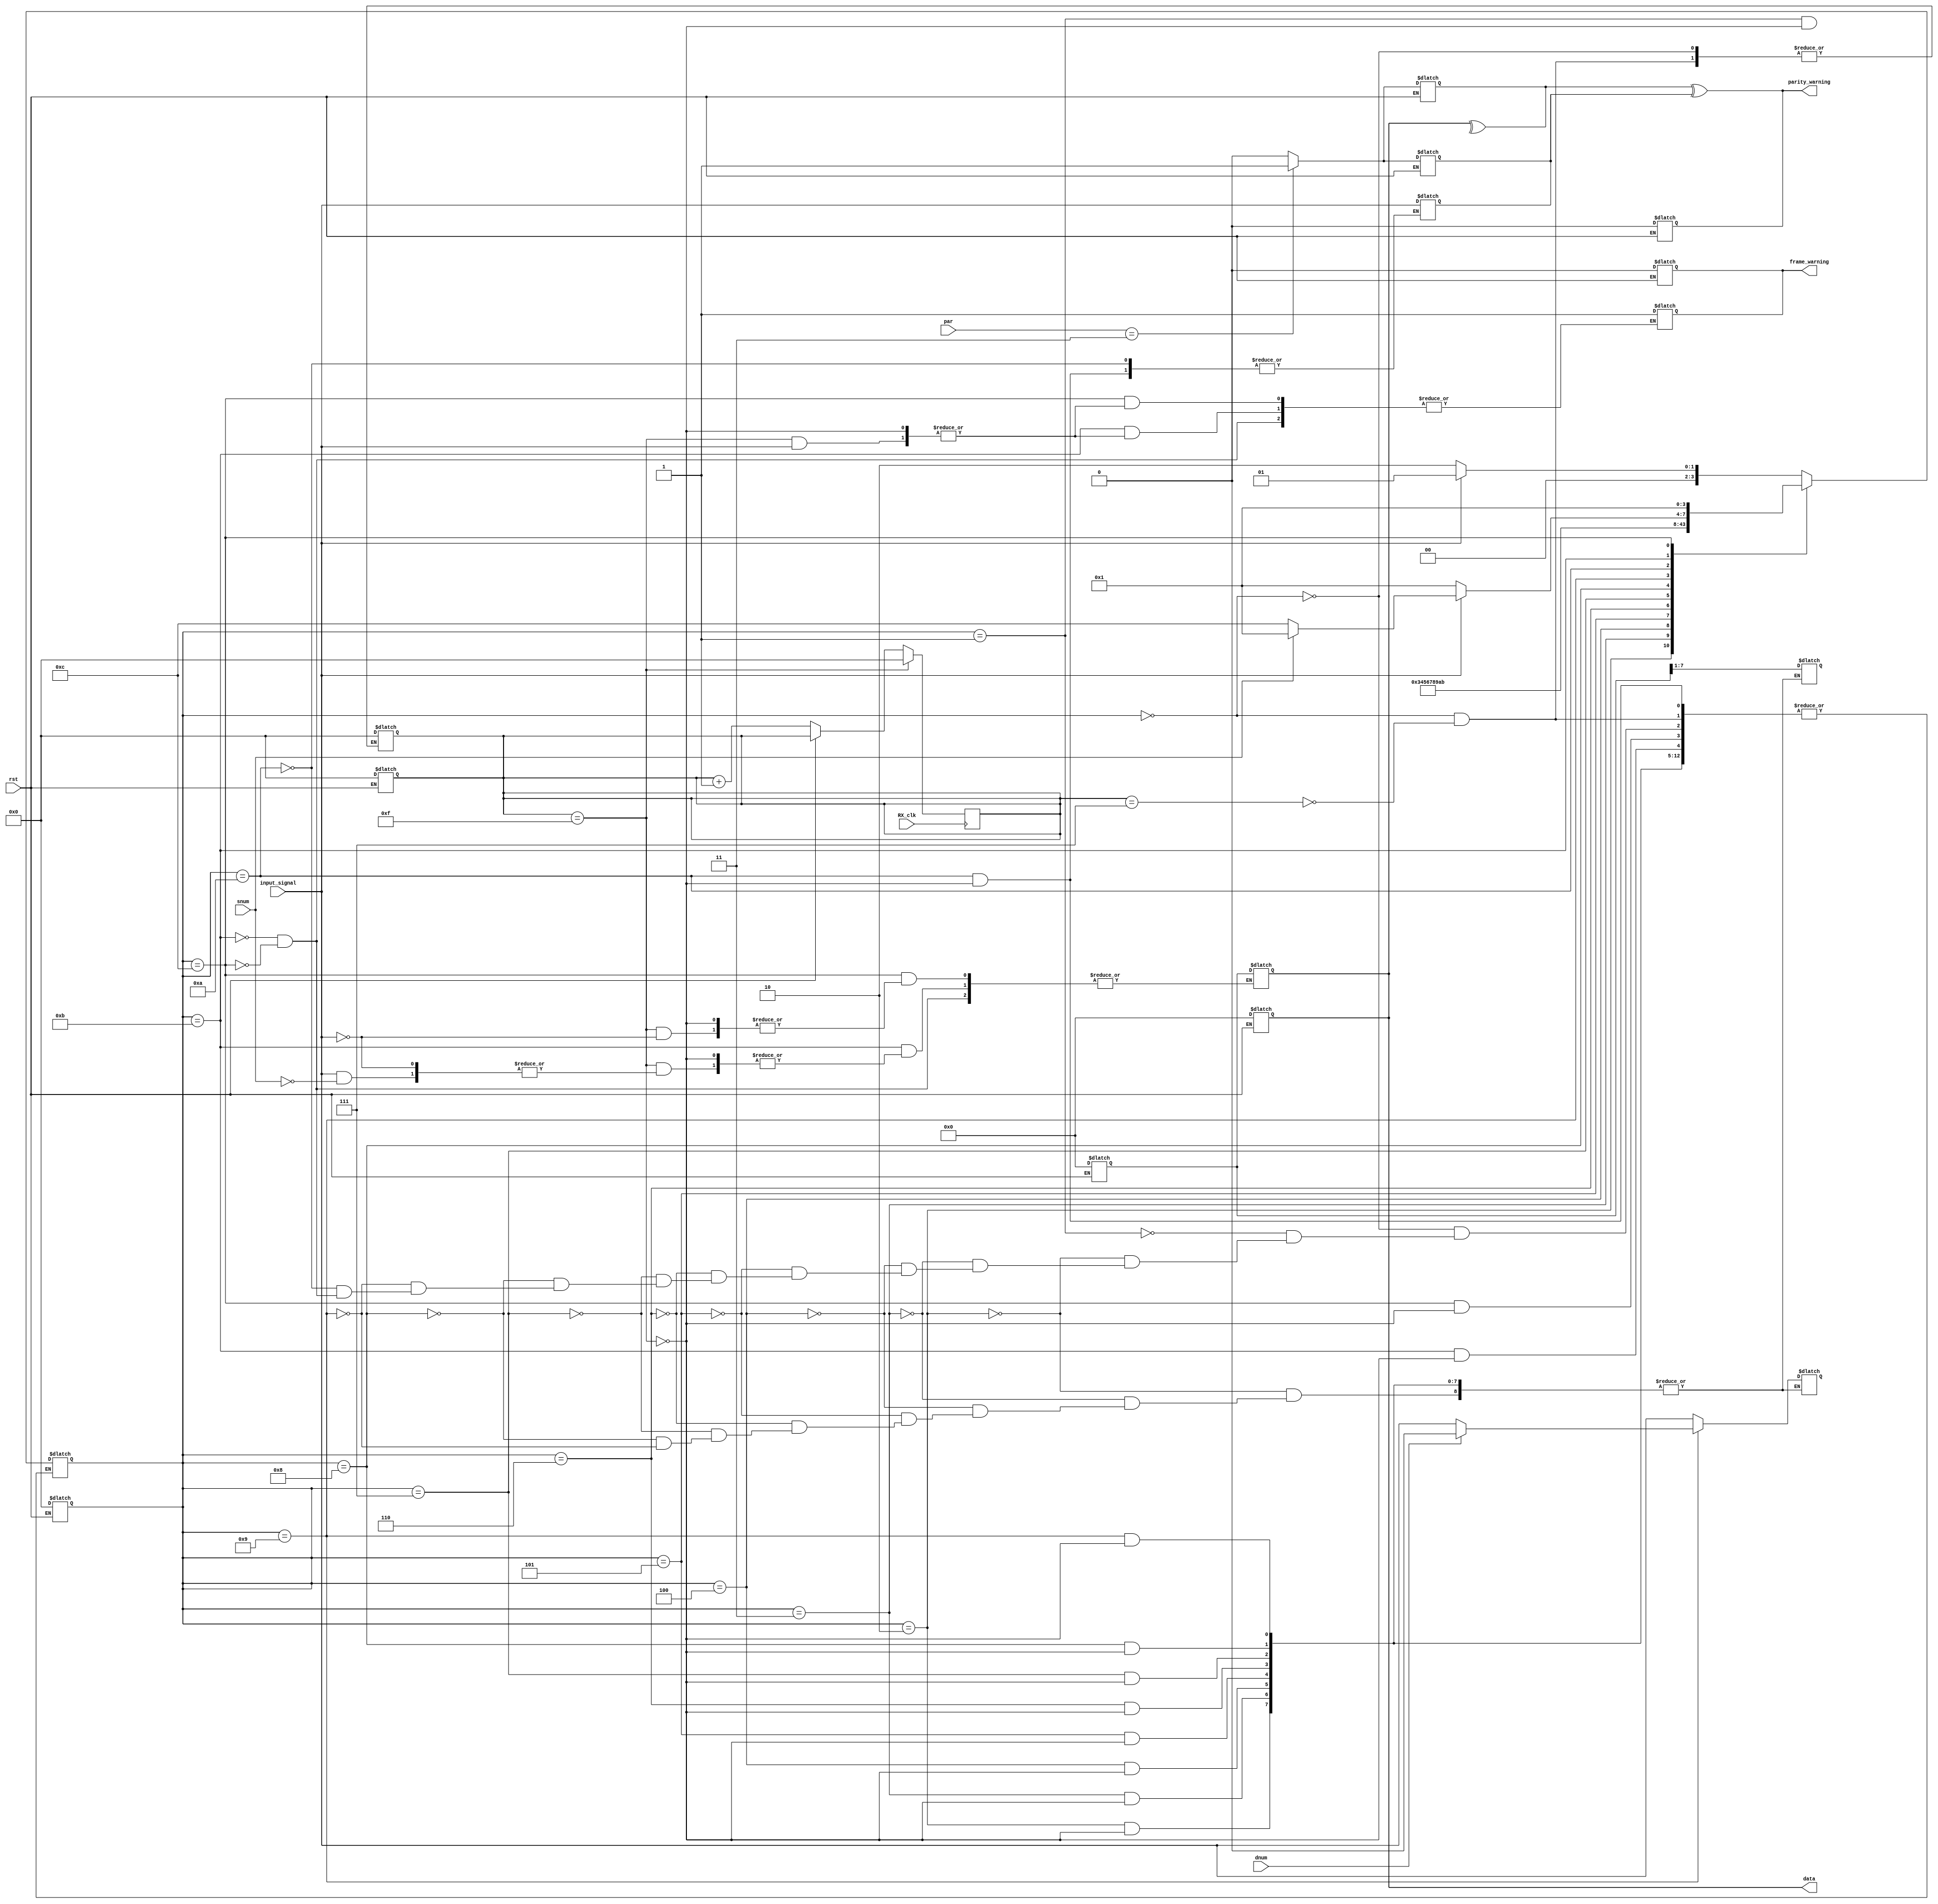
module RXRX( data , parity_warning , frame_warning , input_signal , RX_clk , rst , snum , dnum , par ) ;

input RX_clk , rst ;
input input_signal ;          // the input bit that is recieved from the TX
input snum ;            // the number of the stop bits (1'b0 : 2 , 1'b1 : 1 stop bit) 
input dnum;             // the number of the transmitted data bits (1'b0 : 8 , 1'b1 : 7 t data bit)
input [1:0] par ;             /* identify the parity check weather it a even or odd parity
                           (2'b00 : odd / 2'b11 : even / (2'b10 | 2'b01) : no parity */   

/////////////////////////////

output reg [7:0] data ;  // the reg the data will be saved in and the o/p of the system
output reg parity_warning;      // checking for parity 
output reg frame_warning;

////////////////////////////
reg data_par;           // recieved data parity (used to check it with the parity of the transmitted signal)
reg signal_par ;         // the transmitted parity
reg [3:0] count_clk ;    // the counter that controls the operation of sampling

reg [3:0] state ;
reg [7:0] Rec; 

always @(rst)
begin
    if(rst)
    begin
        data <= 00_000_000 ;
        Rec <= 00_000_000 ; 
        count_clk <= 4'b0000 ;
        parity_warning <= 1'b0;
        frame_warning <= 1'b0;
        state <= 4'b0000;
        case(par) 
            2'b11   :begin signal_par <= 1'b1; data_par <= 1'b1 ; end
            default :begin signal_par <= 1'b0; data_par <= 1'b0 ; end
            
        endcase
    end
end


always @(posedge RX_clk)
begin    
    if(count_clk == 4'b1111)  count_clk <= 4'b0000 ;
    else if(~rst) count_clk <= count_clk + 4'b0001 ;
end

always @(count_clk)
begin
    case(state)
    0: begin
         if(count_clk == 4'b0111)
         begin
            if(input_signal) state <= 3'b001;
            else if(!(input_signal)) state <= 4'b0010;
            count_clk <= 4'b0000;
         end
       end
    
    1:begin
         if(count_clk == 4'b1111)
         begin
            if( input_signal) state <= 3'b001;
            else if(!input_signal) state <= 4'b0010; end
       end   
       
    2:begin if(count_clk == 4'b1111) begin
             Rec <= Rec >> 1 ;      // shifting right 
             Rec[7] <= input_signal ;
             state <= 4'b0011; end end
      
      3:begin if(count_clk == 4'b1111) begin
             Rec <= Rec >> 1 ;     
             Rec[7] <= input_signal ;
             state <= 4'b0100; end end
      
      4:begin if(count_clk == 4'b1111) begin
             Rec <= Rec >> 1 ;      
             Rec[7] <= input_signal ;
             state <= 4'b0101; end end
      
      5:begin if(count_clk == 4'b1111) begin
             Rec <= Rec >> 1 ;       
             Rec[7] <= input_signal ;
             state <= 4'b0110; end end
      
      6:begin if(count_clk == 4'b1111)begin
             Rec <= Rec >> 1 ;      
             Rec[7] <= input_signal ;
             state <= 4'b0111; end end
      
      7:begin if(count_clk == 4'b1111) begin
             Rec <= Rec >> 1 ; 
             Rec[7] <= input_signal ;
             state <= 4'b1000; end end
      
      8:begin if(count_clk == 4'b1111) begin
             Rec <= Rec >> 1 ;     
             Rec[7] <= input_signal ;
             state <= 4'b1001; end end
      
      9:begin if(count_clk == 4'b1111) begin
             Rec <= Rec >> 1 ;     
             if(~dnum) Rec[7] <= input_signal ;
             state <= 4'b1010; end end
      
     10:begin if(count_clk == 4'b1111) begin
            signal_par <= input_signal;
            state <= 4'b1011 ; end end
      
      11:begin
            if(count_clk == 4'b1111)
            begin
              if(input_signal)
                begin
                   if(snum) begin
                       state <= 4'b0001;
                       $display("signal recieved");
                       data[7:0] <= Rec[7:0] ; end
                                              
                   else state <= 4'b1100;                   
                end
              else if(!input_signal) begin
                  frame_warning <= 1'b1;
                  state <= 4'b0001;  end
              end
         end
           
      12: begin
            if(count_clk == 4'b1111) begin
                if(input_signal) begin
                    state <= 4'b0001;
                    $display("signal recieved");
                    data[7:0] <= Rec[7:0] ; end
                    
                else if(!(input_signal)) begin
                    frame_warning <= 1'b1;
                    state <= 4'b0001;    end
              end
          end
         
      endcase
               
end

always @(signal_par) begin
     data_par = (^data) ;
     parity_warning = data_par ^ signal_par ;
end

endmodule